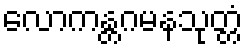
လောကန္တဂမနသုတ္တံ